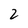
Character: 2